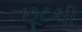
છૂટથી